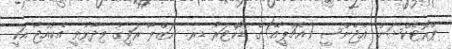
ޕްރޮޓެކްޝަން އެޖެންސީ (އެޗްޕީއޭ)ގެ ޑޮކްޓަރު ޑރ. ނަޒްލާ ރަފީގު ވިދާޅުވީ އެކުއްޖާ އަކީ